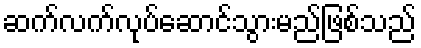
ဆက်လက်လုပ်ဆောင်သွားမည်ဖြစ်သည်